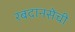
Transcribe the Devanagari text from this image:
रबदानसेची